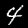
Digit: 4